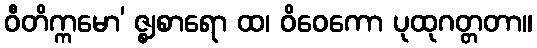
ဝီတိက္ကမော’ ဇ္ဈစာရော ထ၊ ဝိဝေကော ပုထုဂတ္တတာ။